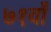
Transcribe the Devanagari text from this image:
७१वाँ